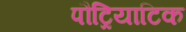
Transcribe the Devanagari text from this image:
पौट्रियाटिक